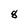
Character: 8